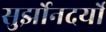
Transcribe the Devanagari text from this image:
सुर्झोनदर्यो